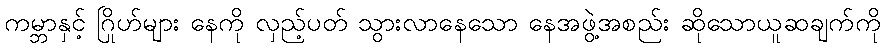
ကမ္ဘာနှင့် ဂြိုဟ်များ နေကို လှည့်ပတ် သွားလာနေသော နေအဖွဲ့အစည်း ဆိုသောယူဆချက်ကို